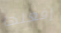
إفعلها